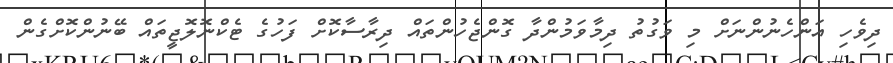
ދިވެހި އަންހެނުންނަށް މި ވަގުތު ދިމާވަމުންދާ ގޮންޖެހުންތައް ދިރާސާކޮށް ފަހުގެ ޓެކްނޮލޮޖީތައް ބޭނުންކޮށްގެން